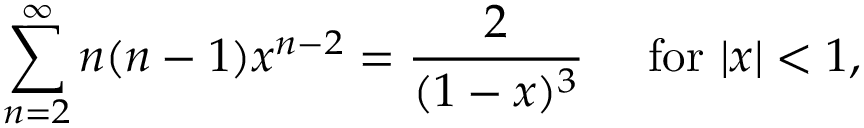
\sum _ { n = 2 } ^ { \infty } n ( n - 1 ) x ^ { n - 2 } = { \frac { 2 } { ( 1 - x ) ^ { 3 } } } \quad { \mathrm { ~ f o r ~ } } | x | < 1 ,